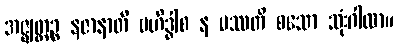
အဇ္ဈတ္တဉ္စ နဇာနာတိ ဗဟိဒ္ဓါစ န ပဿတိ စသော သုံးဂါထာ။